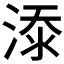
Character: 𣸸